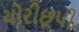
ચોરીછૂપી